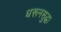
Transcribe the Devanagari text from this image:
धरूनसुद्धा